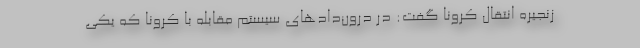
زنجیره انتقال کرونا گفت: در درون‌دادهای سیستم مقابله با کرونا که یکی